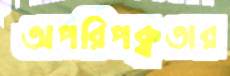
অপরিপক্বতার